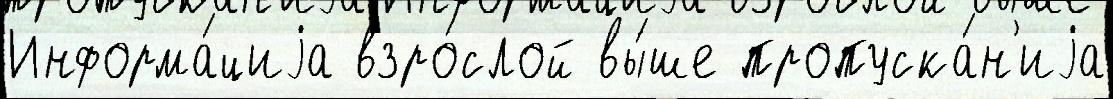
Информа́циjа взро́слой вы́ше пропуска́н'иjа